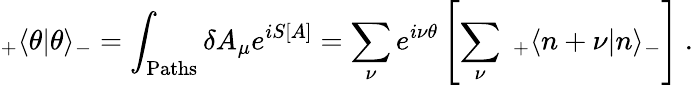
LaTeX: _+\langle\theta|\theta\rangle_{-}=\int_{\mathrm{Paths}}\delta A_{\mu}e^{iS[A]}=\sum_{\nu}e^{i\nu\theta}\left[\sum_{\nu}~_{+}\langle n+\nu|n\rangle_{-}\right]~.